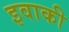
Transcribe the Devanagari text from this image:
इवाकी